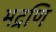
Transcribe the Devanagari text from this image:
भद्रणि